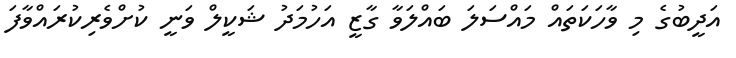
އަދީބުގެ މި ވާހަކަތައް މައްސަލަ ބައްލަވާ ގާޒީ އަހުމަދު ޝަކީލް ވަނީ ކުށްވެރިކުރައްވާފަ